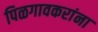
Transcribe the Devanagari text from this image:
पिळगावकरांना